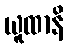
ယူထာနိ